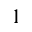
1